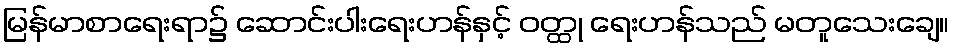
မြန်မာစာရေးရာ၌ ဆောင်းပါးရေးဟန်နှင့် ဝတ္ထု ရေးဟန်သည် မတူသေးချေ။